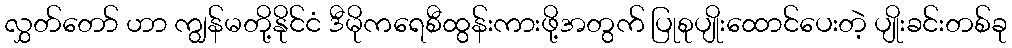
လွှတ်တော် ဟာ ကျွန်မတို့နိုင်ငံ ဒီမိုကရေစီထွန်းကားဖို့အတွက် ပြုစုပျိုးထောင်ပေးတဲ့ ပျိုးခင်းတစ်ခု